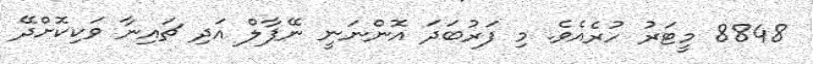
8848 މީޓަރު ހުރެއެވެ. މި ފަރުބަދަ އޮންނަނީ ނޭޕާލް އަދި ޗައިނާ ވަކިކޮށްދޭ